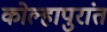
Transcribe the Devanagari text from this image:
कोल्हापुरांत